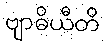
ဗျာဓိယီတိ